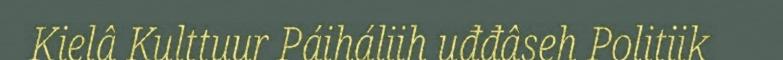
Kielâ Kulttuur Páiháliih uđđâseh Politiik